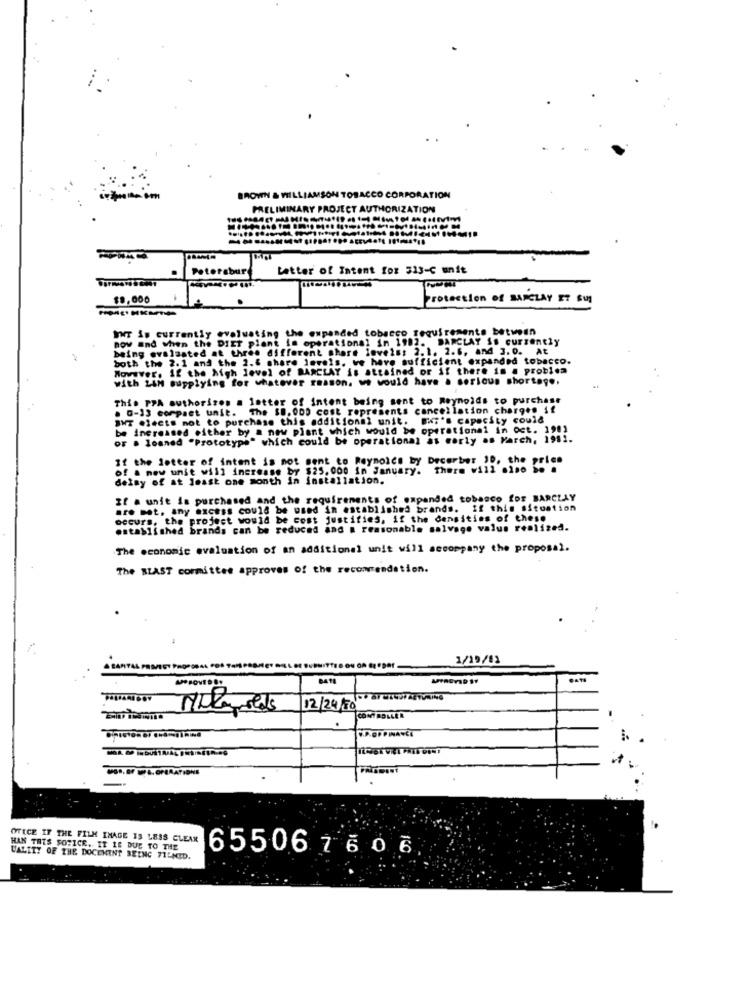
BROWN & WILLIAMSON TOBACCO CORPORATION
PRELIMINARY PROJECT AUTHORIZATION
Petersbur
Letter of Intent fox 313-C unit
$9,000
Protection of BARCLAY ET SUI
IT is currently evaluating the expanded tobacco requirements between
now and when the DIET plant in operational in 1982. BARCLAY Ss currently
being evaluated at three different shore levels; 2.1. 2.6, and 3.0. At
both the 2.1 and the 2.6 share levels. we have sufficient expanded tobacco.
Movever, If the high level of BARCLAY is attained or if there is a problem
with L4M supplying for whatever reason. we would have a serious shortage.
This PPA authorises a letter of intent being sent to Reynolds to purchase
. G-13 compact unit. The $8. 000 cost represents cancellation charges if
SHT elects not to purchase this additional unit. Bi's capacity could
be increased either by a new plant which would be operational in oct. 1981
or . loaned "Prototype" which could be operational as early as March, 1951.
If the letter of intent is not sent to Reynolds by becerber 10, the price
of a new unie will increase by $25.000 in January. There will eise
delay of at least one month in installation.
If a unit is purchased and the requirements of expanded tobasco for BARCLAY
Bre Bat, any excess could be used in established brands. if this situation
occurs, the project would be cost justifies, if the densities of these
established brands can be reduced and a reasonable salvage valus realized.
The economic evaluation of an additional unit will accompany the proposal.
The BLAST committee approves of the recommendation.
1/19/83
12/24/70
OTECE IF THE FILM INAGE 13 LESS CLEAN
HAN THIS FORICE. IT IS DUE TO THE
655067606
UALITY OF THE DOCEMINT BEING 71-MED.